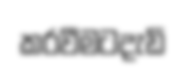
කරවීමටදැඩි